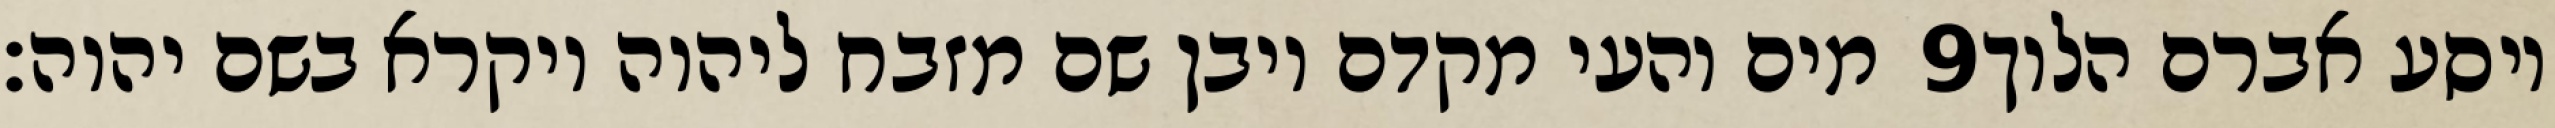
מים והעי מקדם ויבן שם מזבח ליהוה ויקרא בשם יהוה׃ ‎9‏ ויסע אברם הלוך